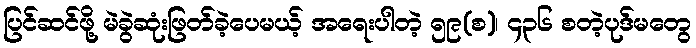
ပြင်ဆင်ဖို့ မဲခွဲဆုံးဖြတ်ခဲ့ပေမယ့် အရေးပါတဲ့ ၅၉(စ)၊ ၄၃၆ စတဲ့ပုဒ်မတွေ